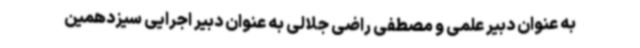
به عنوان دبیر علمی و مصطفی راضی جلالی به عنوان دبیر اجرایی سیزدهمین